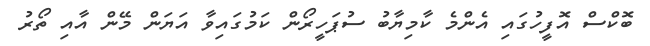
ބޮކްސް އޮފީހުގައި އެންމެ ކާމިޔާބު ސުޕަހީރޯން ކަމުގައިވާ އަޔަން މޭން އާއި ތޯރު